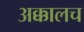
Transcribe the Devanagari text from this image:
अक्कालच